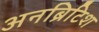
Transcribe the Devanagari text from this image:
अनब्रिटिश